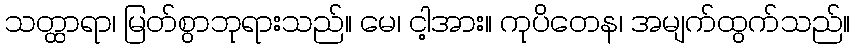
သတ္ထာရာ၊ မြတ်စွာဘုရားသည်။ မေ၊ ငါ့အား။ ကုပိတေန၊ အမျက်ထွက်သည်။